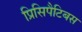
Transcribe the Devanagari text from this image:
प्रिसिपैटिबस